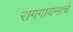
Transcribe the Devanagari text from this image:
रागगायनाचे